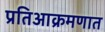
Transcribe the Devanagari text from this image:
प्रतिआक्रमणात